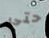
حتى